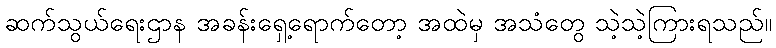
ဆက်သွယ်ရေးဌာန အခန်းရှေ့ရောက်တော့ အထဲမှ အသံတွေ သဲ့သဲ့ကြားရသည်။